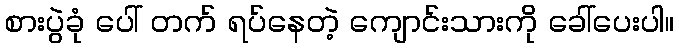
စားပွဲခုံ ပေါ် တက် ရပ်နေတဲ့ ကျောင်းသားကို ခေါ်ပေးပါ။